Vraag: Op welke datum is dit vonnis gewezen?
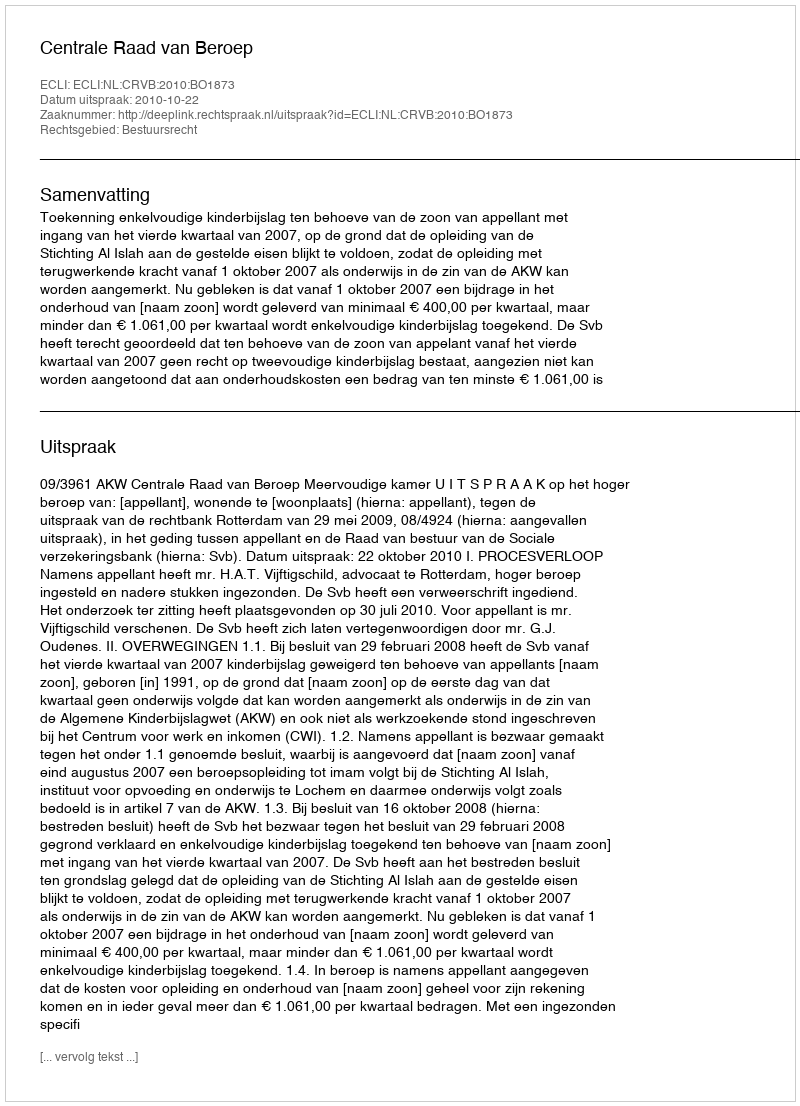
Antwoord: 2010-10-22